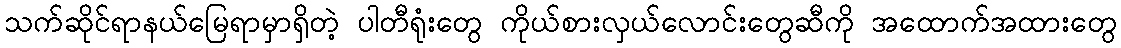
သက်ဆိုင်ရာနယ်မြေရာမှာရှိတဲ့ ပါတီရုံးတွေ ကိုယ်စားလှယ်လောင်းတွေဆီကို အထောက်အထားတွေ